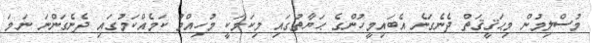
މުސްލިމުން މިޙަޤީޤަތް ދެނެގަނެ އެބައިމީހުންގެ ޙަޔާތުގައި މިކަމަކީ މުހިއްމު ކަމެއްކަމުގައި ދެނެގަންނަ ނަމަ